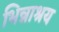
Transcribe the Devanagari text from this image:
भिन्नाश्रय